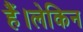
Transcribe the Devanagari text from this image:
हैं।लेकिन